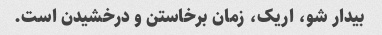
بیدار شو، اریک، زمان برخاستن و درخشیدن است.